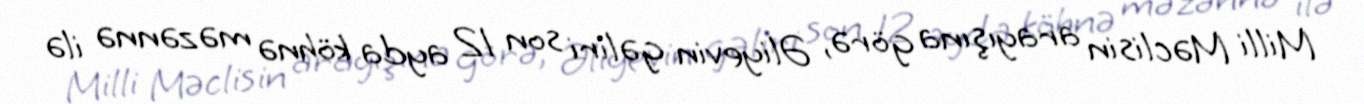
Milli Məclisin arayışına görə, Əliyevin gəliri son 12 ayda köhnə məzənnə ilə